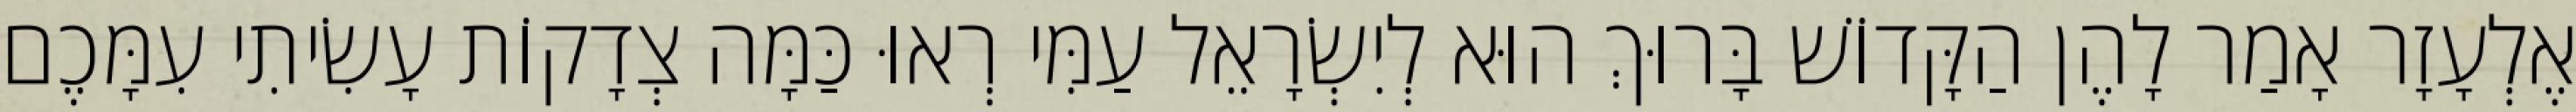
אֶלְעָזָר אָמַר לָהֶן הַקָּדוֹשׁ בָּרוּךְ הוּא לְיִשְׂרָאֵל עַמִּי רְאוּ כַּמָּה צְדָקוֹת עָשִׂיתִי עִמָּכֶם